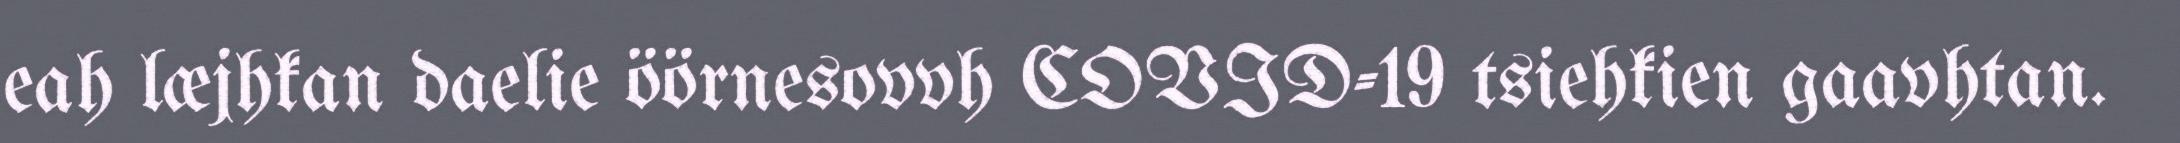
eah læjhkan daelie öörnesovvh COVID-19 tsiehkien gaavhtan.